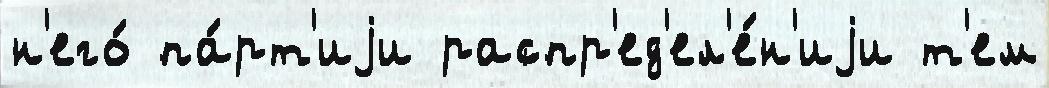
н'его́ па́рт'иjи распр'ед'ел'е́н'иjи т'ем